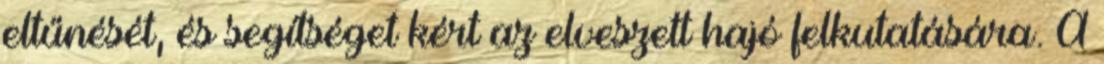
eltűnését, és segítséget kért az elveszett hajó felkutatására. A